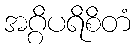
အဂ္ဂိပရိစိတံ